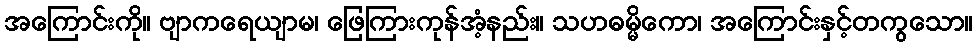
အကြောင်းကို။ ဗျာကရေယျာမ၊ ဖြေကြားကုန်အံ့နည်း။ သဟဓမ္မိကော၊ အကြောင်းနှင့်တကွသော။